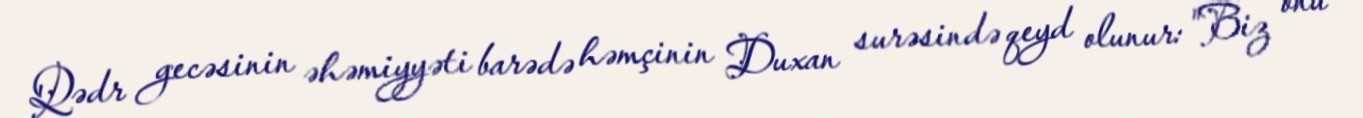
Qədr gecəsinin əhəmiyyəti barədə həmçinin Duxan surəsində qeyd olunur: "Biz onu